Report on vaccination proceedings throughout the Government of Bengal -
Year: 1868
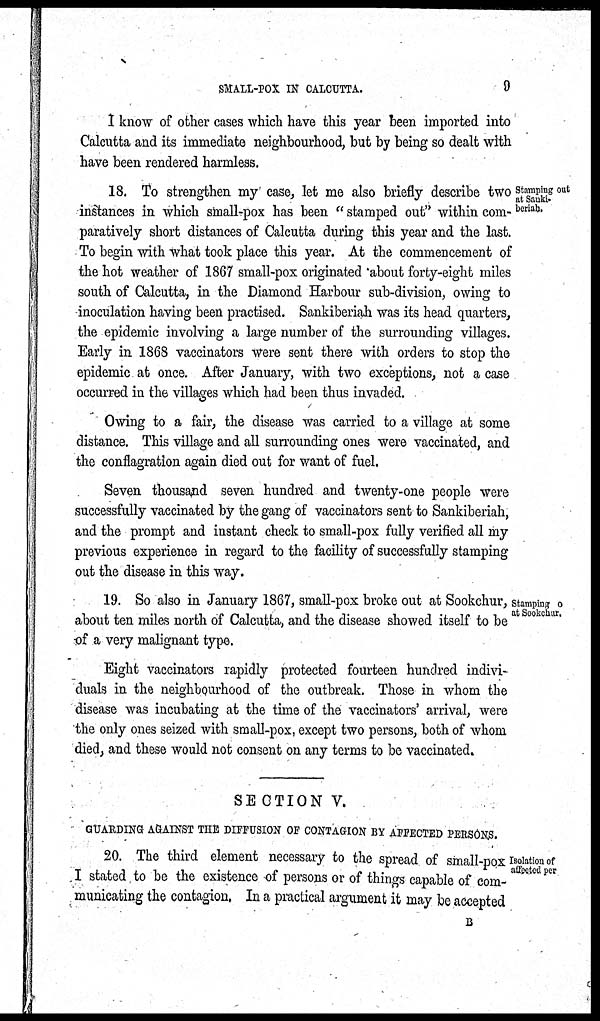
SMALL-POX IN CALCUTTA.
9
I know of other cases which have this year been imported into
Calcutta and its immediate neighbourhood, but by being so dealt with
have been rendered harmless.
Stamping out
at Sanki¬
beriah.
18. To strengthen my case, let me also briefly describe two
instances in which small-pox has been " stamped out" within com-
paratively short distances of Calcutta during this year and the last.
To begin with what took place this year. At the commencement of
the hot weather of 1867 small-pox originated about forty-eight miles
south of Calcutta, in the Diamond Harbour sub-division, owing to
inoculation having been practised. Sankiberiah was its head quarters,
the epidemic involving a large number of the surrounding villages.
Early in 1868 vaccinators were sent there with orders to stop the
epidemic at once. After January, with two exceptions, not a case
occurred in the villages which had been thus invaded.
Owing to a fair, the disease was carried to a village at some
distance. This village and all surrounding ones were vaccinated, and
the conflagration again died out for want of fuel.
Seven thousand seven hundred and twenty-one people were
successfully vaccinated by the gang of vaccinators sent to Sankiberiah,
and the prompt and instant check to small-pox fully verified all my
previous experience in regard to the facility of successfully stamping
out the disease in this way.
Stamping o
at Sookchur.
19. So also in January 1867, small-pox broke out at Sookchur,
about ten miles north of Calcutta, and the disease showed itself to be
of a very malignant type.
Eight vaccinators rapidly protected fourteen hundred indivi-
duals in the neighbourhood of the outbreak. Those in whom the
disease was incubating at the time of the vaccinators' arrival, were
the only ones seized with small-pox, except two persons, both of whom
died, and these would not consent on any terms to be vaccinated.
SECTION V.
GUARDING AGAINST THE DIFFUSION OF CONTAGION BY AFFECTED PERSONS.
Isolation of
affected per
20. The third element necessary to the spread of small-pox
I stated to be the existence of persons or of things capable of com-
municating the contagion. In a practical argument it may be accepted
B